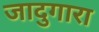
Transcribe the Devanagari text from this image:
जादुगारा